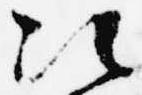
次